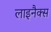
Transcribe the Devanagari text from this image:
लाइनैक्स